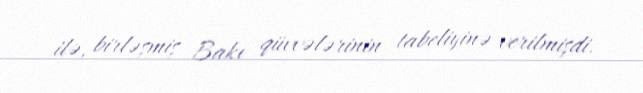
ilə, birləşmiş Bakı qüvvələrinin tabeliyinə verilmişdi.